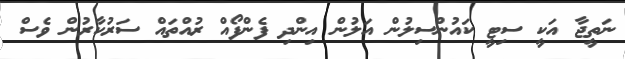
ނަތީޖާ އަކީ ސިޓީ ކައުންސިލުން އަލުން އިންދި ފެންފޯއް ރުއްތައް ސަރުކާރުން ވެސް